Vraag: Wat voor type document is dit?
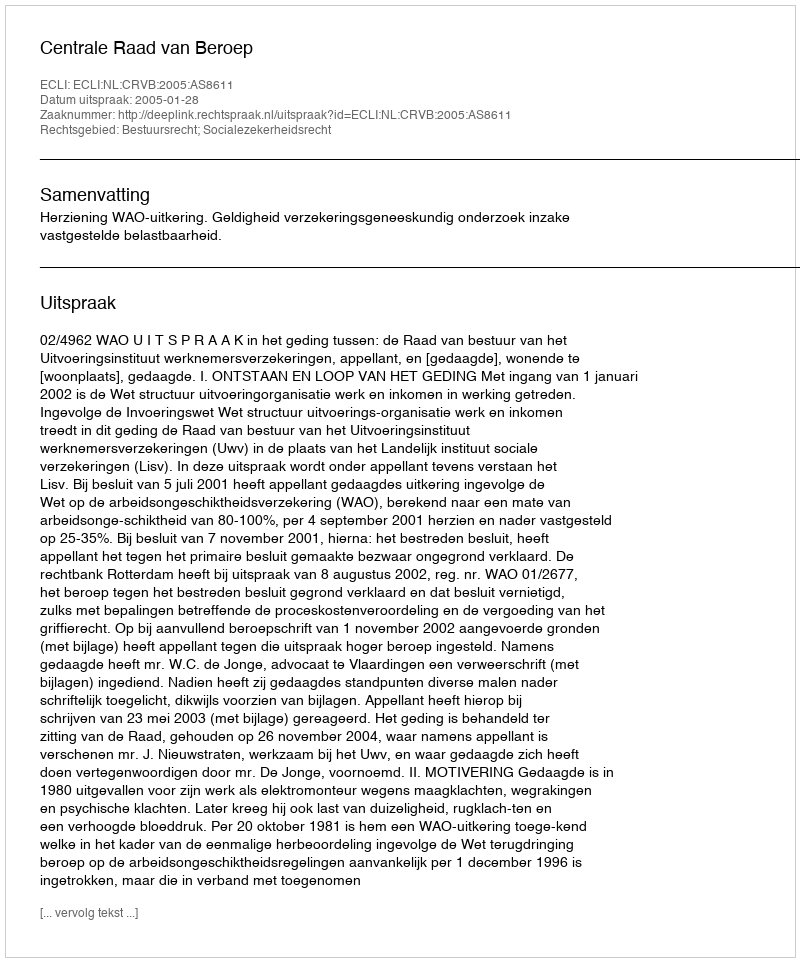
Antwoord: Uitspraak